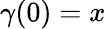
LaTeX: \gamma(0)=x